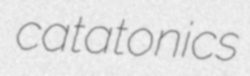
catatonics